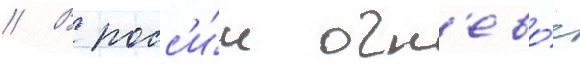
// В росс'и́и огн'ево́е